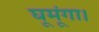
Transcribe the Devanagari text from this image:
घूमूंगा।